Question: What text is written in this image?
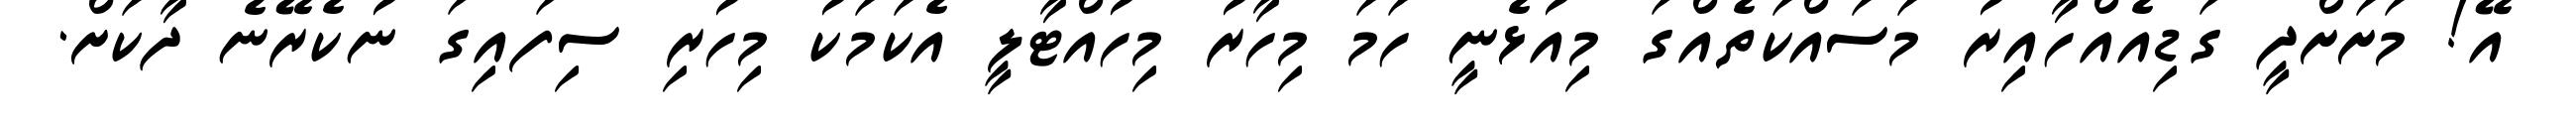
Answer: އޭ! މަށަށްދީ ގަޑިއެއްހާއިރު މަސައްކަތެއްގަ މިއުޅެނީ ހަމަ މިހާރު މިހުއްޓާލީ އެކަމަކު މިހުރި ސިފައިގަ ނުކެރޭނެ ދާކަށް.